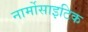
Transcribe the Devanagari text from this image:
नार्मोसाइटिक